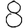
Digit: 8